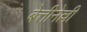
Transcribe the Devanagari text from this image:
बेत्तीनेल्ली